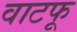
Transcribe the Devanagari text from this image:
वाटफू